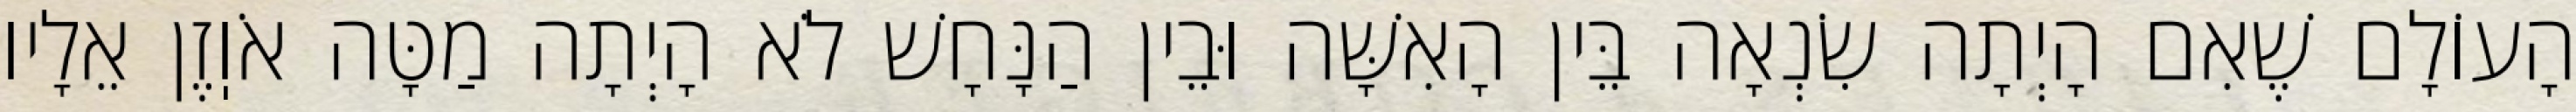
הָעוֹלָם שֶׁאִם הָיְתָה שִׂנְאָה בֵּין הָאִשָּׁה וּבֵין הַנָּחָשׁ לֹא הָיְתָה מַטָּה אֹוֽזֶן אֵלָיו